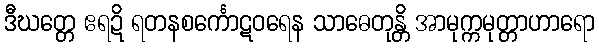
ဒီဃတ္တေ ဧရဍိ ရတနစင်္ကောဋဝရေန သာဓေတုန္တိ အာမုက္ကမုတ္တာဟာရော